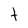
Character: t